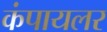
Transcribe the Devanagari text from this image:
कंपायलर